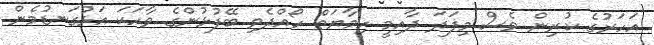
އަހަރުގެ ކުރިން ވެސް މިފަދަ ދާއިމީ ހިމާޔަތް ހޯއްދެވި ބޭފުޅުންގެ ވާހަކަ އަޅުގަނޑުމެން